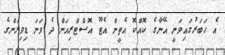
އެ ހަބަރުގައިވަނީ އޭނާގެ ކޮއްކޮ އެތީން އެޓޫ އޮސްޓްރިއަން ދެ ވަނަ ޑިވިޜަންގެ